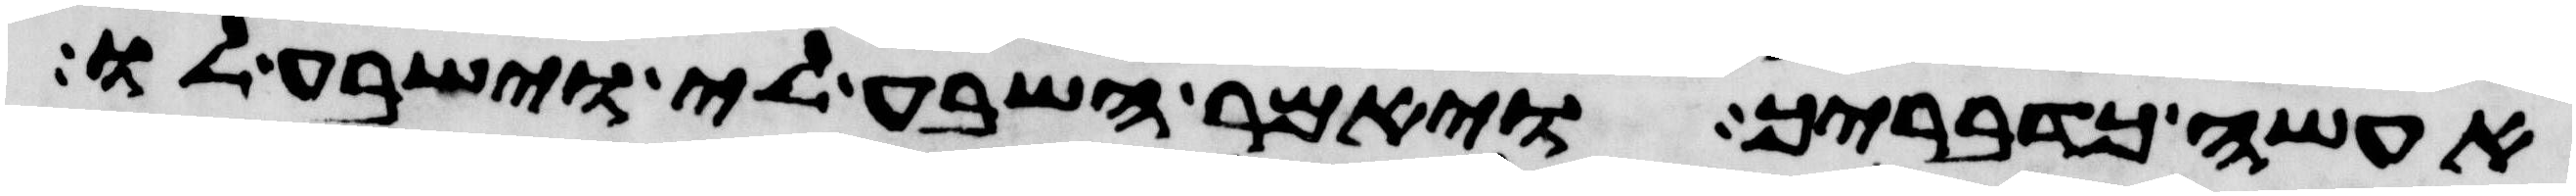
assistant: אעשה כדבריך ויאמר השבע לי וישבע לו